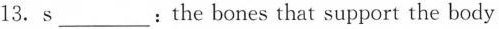
13. s___: the bones that support the body